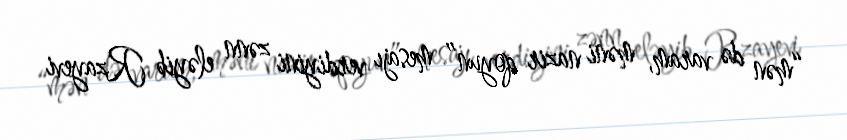
“mən də varam, məni nazir qoyun” mesajı verdiyini zənn eləyib Rzayevi